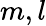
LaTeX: m,l